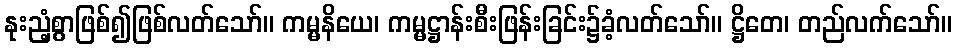
နုးညံ့စွာဖြစ်၍ဖြစ်လတ်သော်။ ကမ္မနိယေ၊ ကမ္မဋ္ဌာန်းစီးဖြန်းခြင်း၌ခံ့လတ်သော်။ ဋ္ဌိတေ၊ တည်လက်သော်။